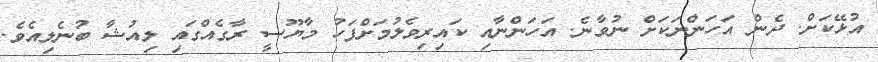
އުޅޭކަށް. ދެން އަހަންނަކަށް ނުވާނެ. އަހަންނާއި ކައިރިވެލުމަށްފަހު މާޔޫސީ ރާގެއްގައި ލިއުޝާ ބުނެލިއެވެ.